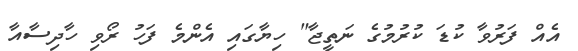
އެއް ފަރުވާ ކުޑަ ކުރުމުގެ ނަތީޖާ" ހިޔާގައި އެންމެ ފަހު ރޯވި ހާދިސާއާ